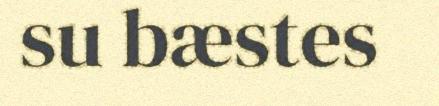
su bæstes